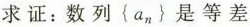
求证：数列{a_{n}}是等差